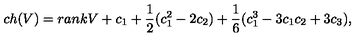
c h ( V ) = r a n k V + c _ { 1 } + \frac { 1 } { 2 } ( c _ { 1 } ^ { 2 } - 2 c _ { 2 } ) + \frac { 1 } { 6 } ( c _ { 1 } ^ { 3 } - 3 c _ { 1 } c _ { 2 } + 3 c _ { 3 } ) ,